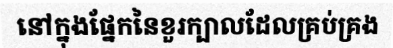
នៅក្នុងផ្នែកនៃខួរក្បាលដែលគ្រប់គ្រង